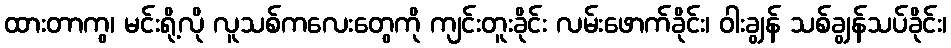
ထားတာကွ၊ မင်းရို့လို လူသစ်ကလေးတွေကို ကျင်းတူးခိုင်း လမ်းဖောက်ခိုင်း၊ ဝါးချွန် သစ်ချွန်သပ်ခိုင်း၊